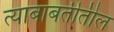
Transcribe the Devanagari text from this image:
त्याबाबतीतील